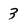
Character: 3